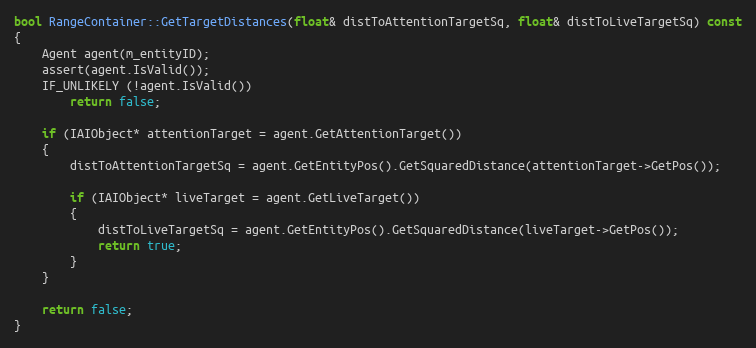
Language: C++
bool RangeContainer::GetTargetDistances(float& distToAttentionTargetSq, float& distToLiveTargetSq) const
{
	Agent agent(m_entityID);
	assert(agent.IsValid());
	IF_UNLIKELY (!agent.IsValid())
		return false;

	if (IAIObject* attentionTarget = agent.GetAttentionTarget())
	{
		distToAttentionTargetSq = agent.GetEntityPos().GetSquaredDistance(attentionTarget->GetPos());

		if (IAIObject* liveTarget = agent.GetLiveTarget())
		{
			distToLiveTargetSq = agent.GetEntityPos().GetSquaredDistance(liveTarget->GetPos());
			return true;
		}
	}

	return false;
}